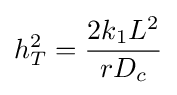
h_{T}^{2}={\frac {2k_{1}L^{2}}{rD_{c}}}